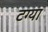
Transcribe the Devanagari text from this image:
टग्या